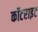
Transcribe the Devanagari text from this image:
कॉटराइट